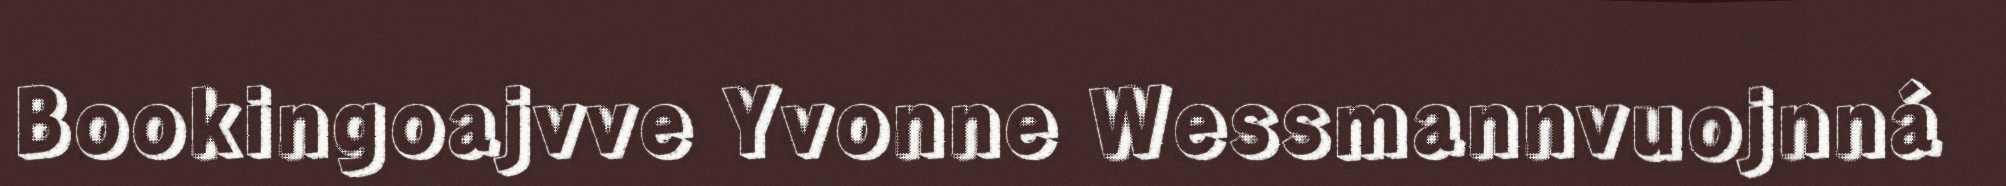
Bookingoajvve Yvonne Wessmannvuojnná